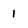
Character: 1